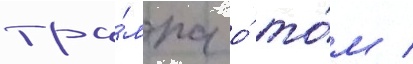
тра́мпа о́ то́м /